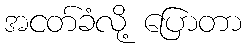
အငတ်ခံလို့ ပြောတာ